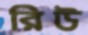
রিউ